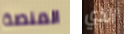
المنصة الذي